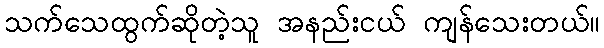
သက်သေထွက်ဆိုတဲ့သူ အနည်းငယ် ကျန်သေးတယ်။